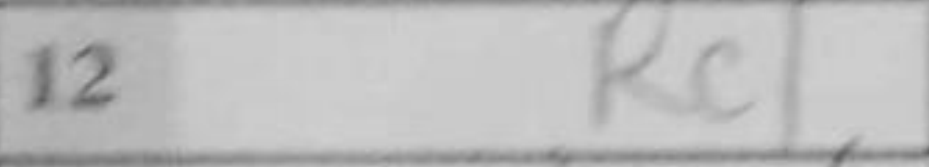
Transcription: Rc1